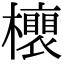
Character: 𣟎